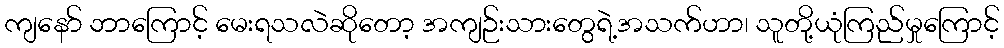
ကျနော် ဘာကြောင့် မေးရသလဲဆိုတော့ အကျဉ်းသားတွေရဲ့အသက်ဟာ၊ သူတို့ယုံကြည်မှုကြောင့်